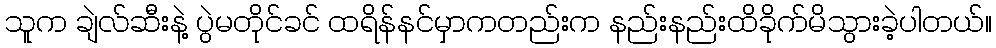
သူက ချဲလ်ဆီးနဲ့ ပွဲမတိုင်ခင် ထရိန်နင်မှာကတည်းက နည်းနည်းထိခိုက်မိသွားခဲ့ပါတယ်။